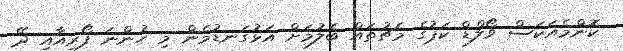
ކޮންމެއަކަސް ވޯލްޑް ކަޕުގެ މެޗުތައް ބެލުމަށް އަޅުގަނޑުމެން މި ހުންނަ ފޯރިއާއި ދޭ